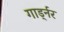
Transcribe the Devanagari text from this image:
गार्ड्नर